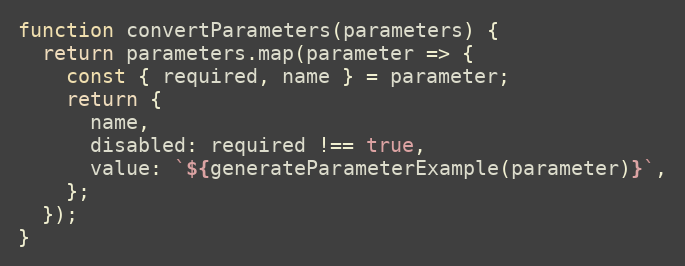
Language: JavaScript
function convertParameters(parameters) {
  return parameters.map(parameter => {
    const { required, name } = parameter;
    return {
      name,
      disabled: required !== true,
      value: `${generateParameterExample(parameter)}`,
    };
  });
}